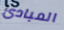
المبادئ